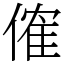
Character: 傕